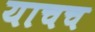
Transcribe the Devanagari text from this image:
याचच